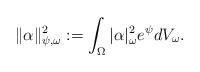
LaTeX: \begin{align*}\|\alpha\|_{\psi, \omega}^{2} := \int_{\Omega}|\alpha|_{\omega}^{2}e^{\psi}dV_{\omega}. \end{align*}